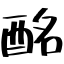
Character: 酩